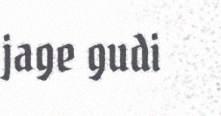
jage gudi